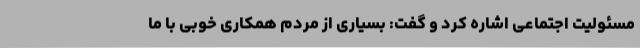
مسئولیت اجتماعی اشاره کرد و گفت: بسیاری از مردم همکاری خوبی با ما